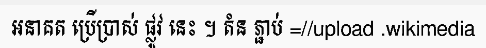
អនាគត ប្រើប្រាស់ ផ្លូវ នេះ ។ តំន ភ្ជាប់ =//upload .wikimedia